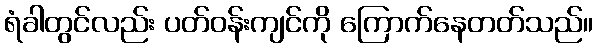
ရံခါတွင်လည်း ပတ်ဝန်းကျင်ကို ကြောက်နေတတ်သည်။